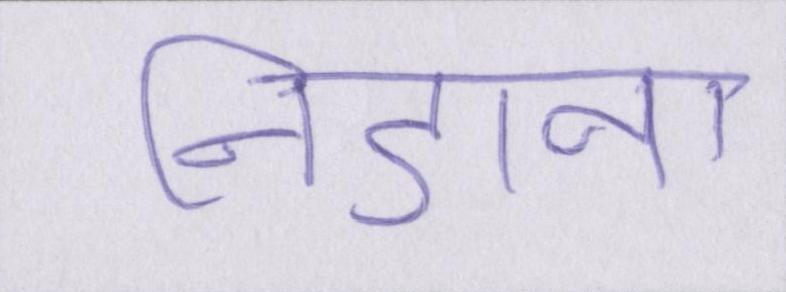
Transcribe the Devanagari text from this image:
निडाना